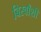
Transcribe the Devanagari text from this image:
बिस्वाँशी